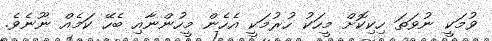
ވުމަކީ ނުވަތަ ހިކިކޮށް މީހަކު ހުރުމަކީ އެހެން މީހުންނާއި ބެހޭ ކަމެއް ނޫނެވެ.